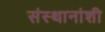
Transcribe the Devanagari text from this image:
संस्थानांशी